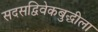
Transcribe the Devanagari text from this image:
सदसद्विवेकबुद्धीला